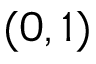
( 0 , 1 )